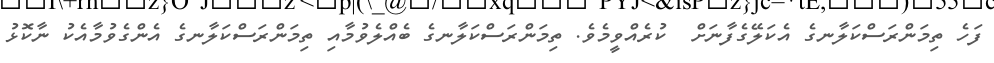
ފަހެ ތިމަންރަސްކަލާނގެ އެކަލޭގެފާނަށް  ކުރެއްވީމެވެ. ތިމަންރަސްކަލާނގެ ބެއްލެވުމާއި ތިމަންރަސްކަލާނގެ އެންގެވުމާއެކު ނާކޮޅު